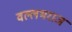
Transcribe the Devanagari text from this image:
वल्लभराज